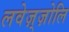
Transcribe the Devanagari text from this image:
लवेज़्ज़ोलि